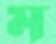
ম